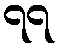
၇၇